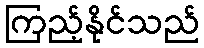
ကြည့်နိုင်သည်